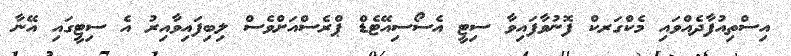
އިސްތިއުފާދެއްވައި މެކްގަރކް ފޮނުވާފައިވާ ސިޓީ އެސޯސިއޭޓެޑް ޕްރެސްއަށްވެސް ލިބިފައިވާއިރު އެ ސިޓީގައި އޭނާ